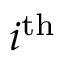
i ^ { \mathrm { t h } }